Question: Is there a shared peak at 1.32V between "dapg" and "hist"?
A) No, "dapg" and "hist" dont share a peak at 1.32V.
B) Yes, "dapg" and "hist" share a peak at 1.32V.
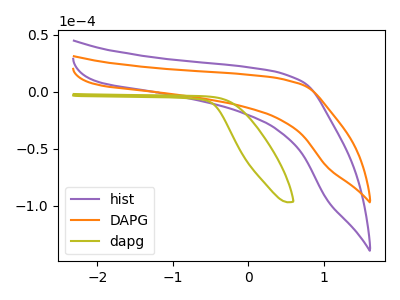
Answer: <think>The purple curve "hist" has no peaks. The orange curve "DAPG" has no peaks. The olive curve "dapg" has no peaks.</think>
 <answer>A) No, "dapg" and "hist" dont share a peak at 1.32V.</answer>
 <eval>A</eval>